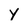
Character: y